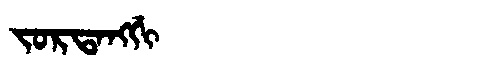
Manchu: ᠵᠣᡵᡨᠠᠩᡤᡳ
Romanization: JORTANGGI